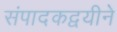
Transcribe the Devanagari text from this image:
संपादकद्वयीने